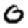
Digit: 0